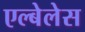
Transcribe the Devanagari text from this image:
एल्बेलेस